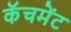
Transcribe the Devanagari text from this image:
कॅचमेंट